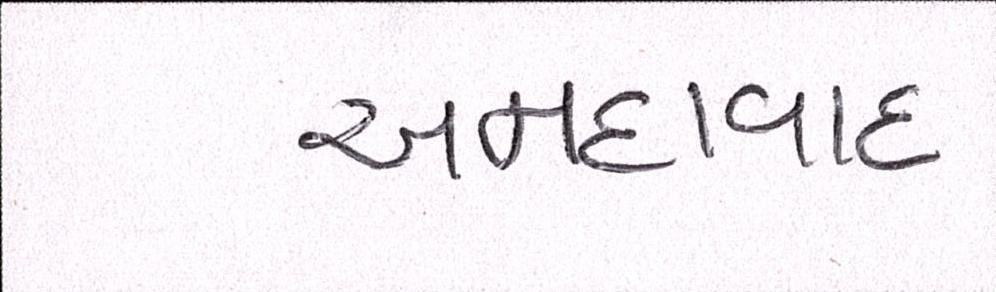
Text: અમદાવાદઃ